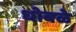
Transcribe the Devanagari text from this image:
धोबळे